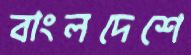
বাংলদেশে